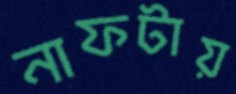
নাফটায়